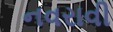
નવરાવી